Source: Handwritten
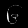
Digit: ၆ (6)